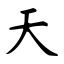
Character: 天